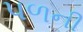
પળની